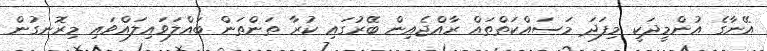
އޭނާގެ އުންމީދަކީ މިފަދަ މަސައްކަތްތައް ރާއްޖެއިން ބޭރުގައި ކުރާ ތަންތަން ބައްލަވައިލައްވައި މިރޮނގުން